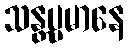
သန္တပ္ပမာနေ